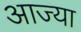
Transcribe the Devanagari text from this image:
आज्या